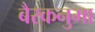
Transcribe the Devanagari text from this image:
बैरकनुमा